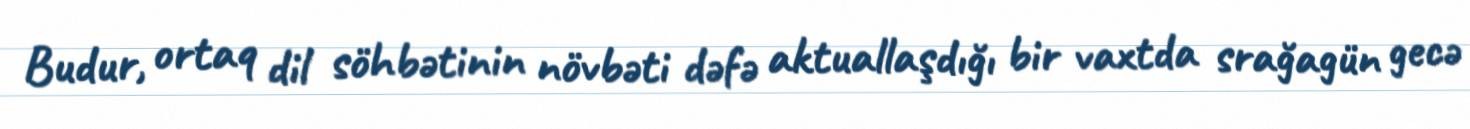
Budur, ortaq dil söhbətinin növbəti dəfə aktuallaşdığı bir vaxtda srağagün gecə